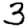
Digit: 3